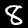
Label: 8